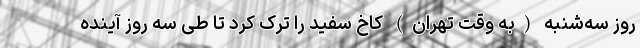
روز سه‌شنبه (به وقت تهران) کاخ سفید را ترک کرد تا طی سه روز آینده